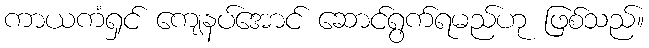
ကာယကံရှင် ကျေနပ်အောင် ဆောင်ရွက်ရမည်ဟု ဖြစ်သည်။